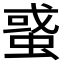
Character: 𧌒